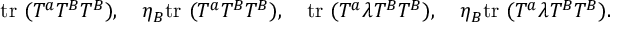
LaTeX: \mathrm { t r } ~ ( T ^ { a } T ^ { B } T ^ { B } ) , \quad \eta _ { B } \mathrm { t r } ~ ( T ^ { a } T ^ { B } T ^ { B } ) , \quad \mathrm { t r } ~ ( T ^ { a } \lambda T ^ { B } T ^ { B } ) , \quad \eta _ { B } \mathrm { t r } ~ ( T ^ { a } \lambda T ^ { B } T ^ { B } ) .